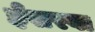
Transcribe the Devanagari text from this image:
ईसरवा